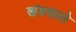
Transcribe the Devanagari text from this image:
खंडवाले